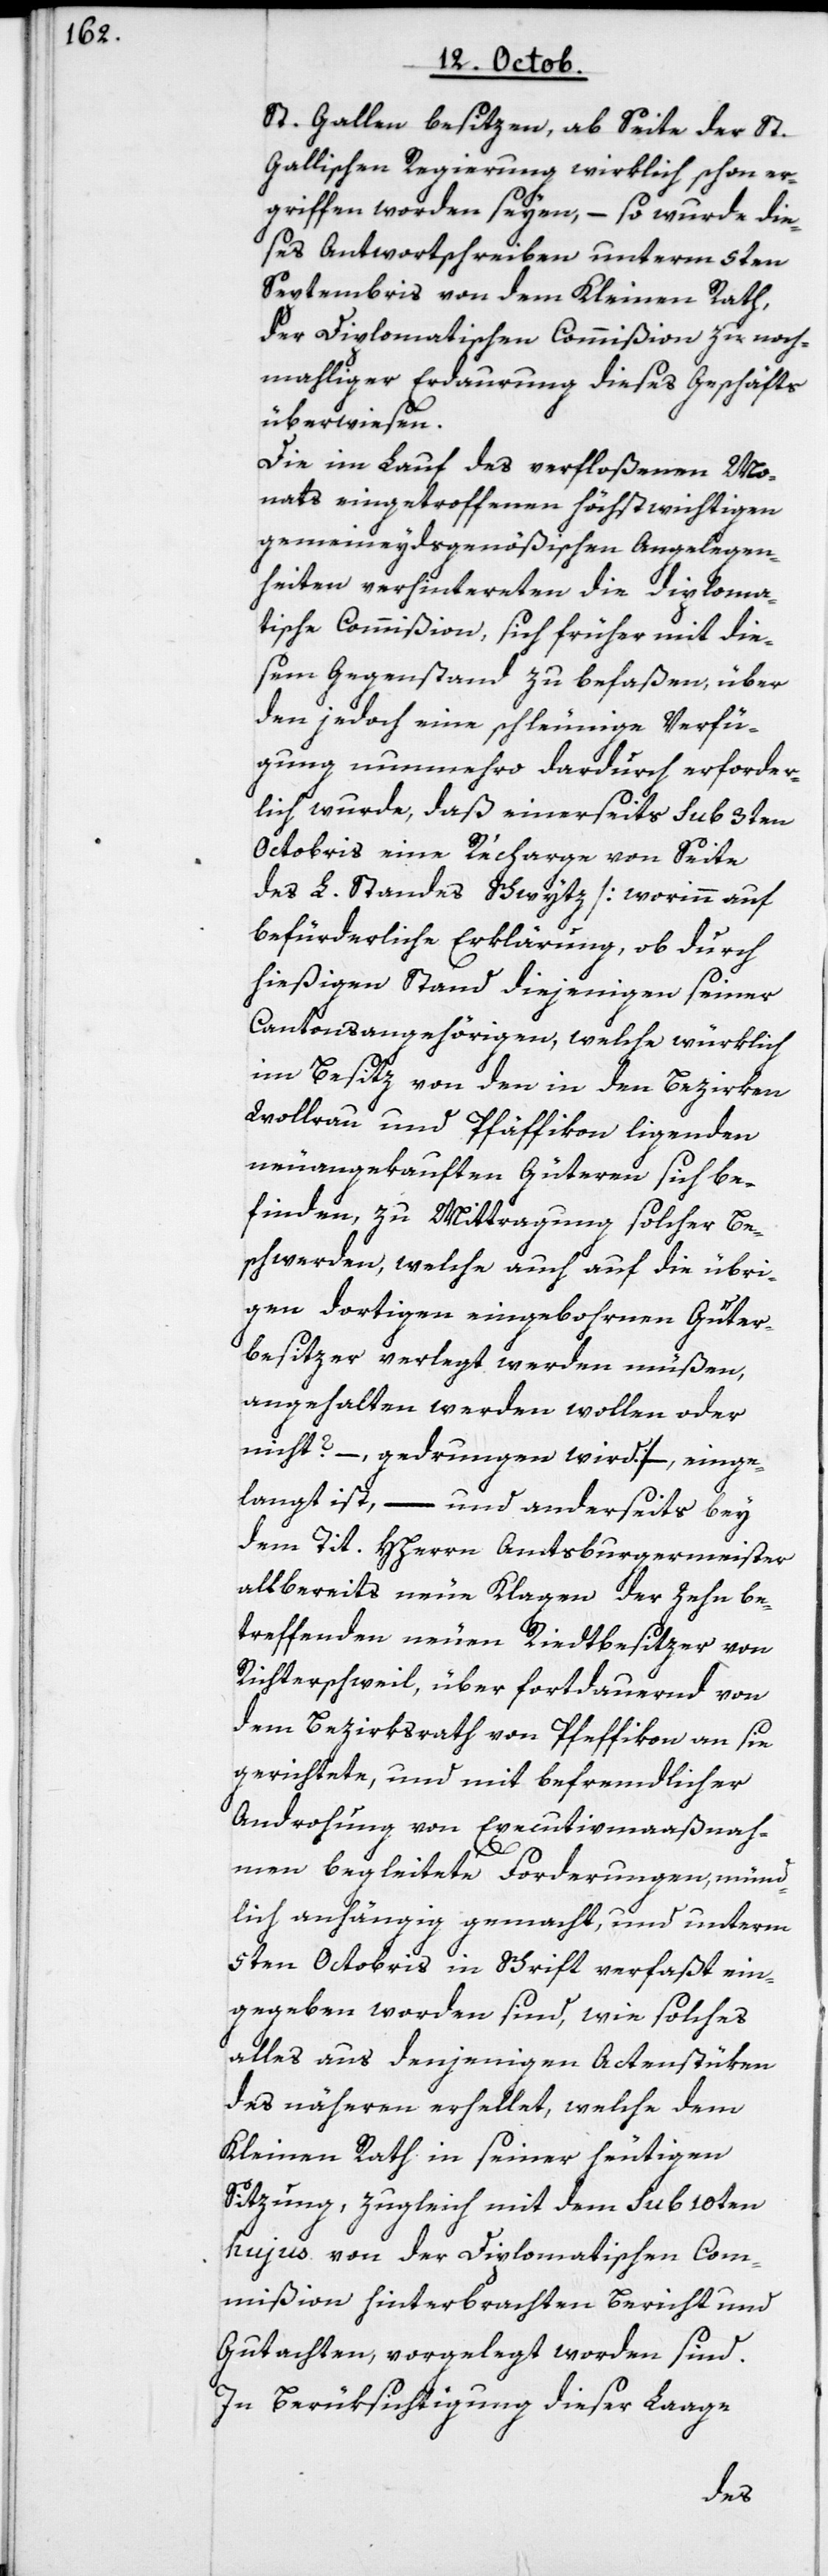
St. Gallen besitzen, ab Seite der St.
Gallischen Regierung wirklich schon er¬
griffen worden seyen, – so wurde die¬
ses Antwortschreiben unterm 5ten
Septembris von dem Kleinen Rath
der Diplomatischen Commißion zu noch¬
mahliger Erdaurung dieses Geschäfts
überwiesen.
Die im Lauf des verfloßenen Mo¬
nats eingetroffenen höchstwichtigen
gemeineydsgenößischen Angelegen¬
heiten verhintereten die diploma¬
tische Commißion, sich früher mit die¬
sem Gegenstand zu befaßen, über
den jedoch eine schleunige Verfü¬
gung nunmehro dardurch erforder¬
lich wurde, daß einerseits sub 3ten
Octobris eine Récharge von Seite
des L. Standes Schwytz [worinn auf
befürderliche Erklärung, ob durch
hießigen Stand diejenigen seiner
Cantonsangehörigen, welche würklich
im Besitz von den in den Bezirken
Wollerau und Pfäffikon ligenden
neu angekauften Güteren sich be¬
finden, zu Mittragung solcher Be¬
schwerden, welche auch auf die übri¬
gen dortigen eingebornen Güter¬
besitzer verlegt werden müßen,
angehalten werden wollen oder
langt ist, – und anderseits bey
dem Tit. HHerrn Amtsburgermeister
allbereits neue Klagen der zehn be¬
treffenden neuen Riedtbesitzer von
Richterschweil, über fortdauernd von
dem Bezirksrath von Pfäffikon an sie
gerichtete, und mit befremdlicher
Androhung von Executivmaaßnah¬
einge¬
men begleitete Forderungen, münd¬
lich anhängig gemacht, und unterm
5ten Octobris in Schrift verfaßt ein¬
gegeben worden sind, wie solches
alles aus denjenigen Actenstüken
des Nähern erhellet, welche dem
Kleinen Rath in seiner heutigen
Sitzung, zugleich mit dem sub 10ten
hujus von der Diplomatischen Com¬
mißion hinterbrachten Bericht und
Gutachten, vorgelegt worden sind.
In Berüksichtigung dieser Laage